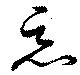
惡